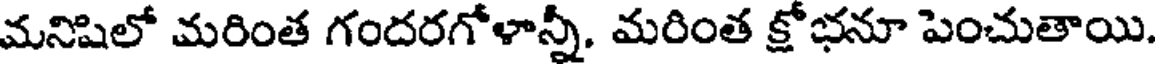
మనిషిలో మరింత గందరగోళాన్నీ, మరింత క్షోభనూ పెంచుతాయి.